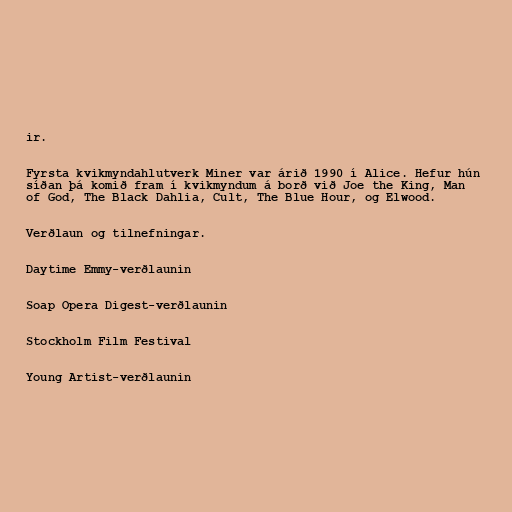
ir.

Fyrsta kvikmyndahlutverk Miner var árið 1990 í Alice. Hefur hún
síðan þá komið fram í kvikmyndum á borð við Joe the King, Man
of God, The Black Dahlia, Cult, The Blue Hour, og Elwood.

Verðlaun og tilnefningar.

Daytime Emmy-verðlaunin

Soap Opera Digest-verðlaunin

Stockholm Film Festival

Young Artist-verðlaunin